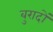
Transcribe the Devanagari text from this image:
बुरादों